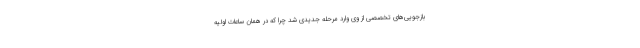
بازجویی‌های تخصصی از وی وارد مرحله جدیدی شد چرا که در همان ساعات اولیه